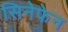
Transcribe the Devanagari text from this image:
सिनेफेन